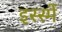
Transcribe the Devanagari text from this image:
इस्स्में